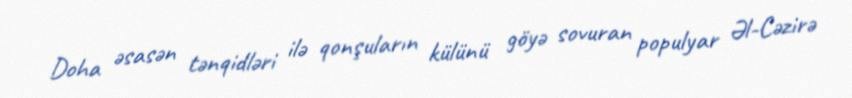
Doha əsasən tənqidləri ilə qonşuların külünü göyə sovuran populyar Əl-Cəzirə